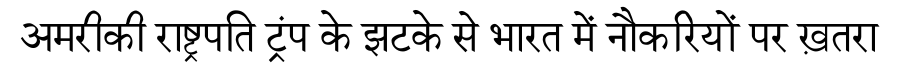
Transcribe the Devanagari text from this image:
अमरीकी राष्ट्रपति ट्रंप के झटके से भारत में नौकरियों पर ख़तरा